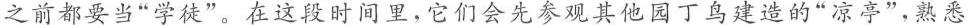
之前都要当”学徒”。在这段时间里，它们会先参观其他园丁鸟建造的”凉亭”，熟悉